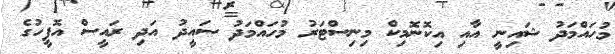
މުހައްމަދު ޝައިނީ އާއި އިކޮނޮމިކް މިނިސްޓަރު މުހައްމަދު ސައީދު އަދި ރައީސް އޮފީހުގެ